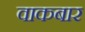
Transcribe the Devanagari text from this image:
वाकबार